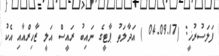
ފަލަސުރުޚީ: (04.09.17 ) އަދާލަތު ޕާޓީގެ ނައިބު ރައީސް އަލީ ޒާހިރްއާއި އެކު